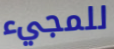
للمجيء